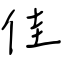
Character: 佳